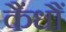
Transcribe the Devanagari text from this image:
कैंधौं